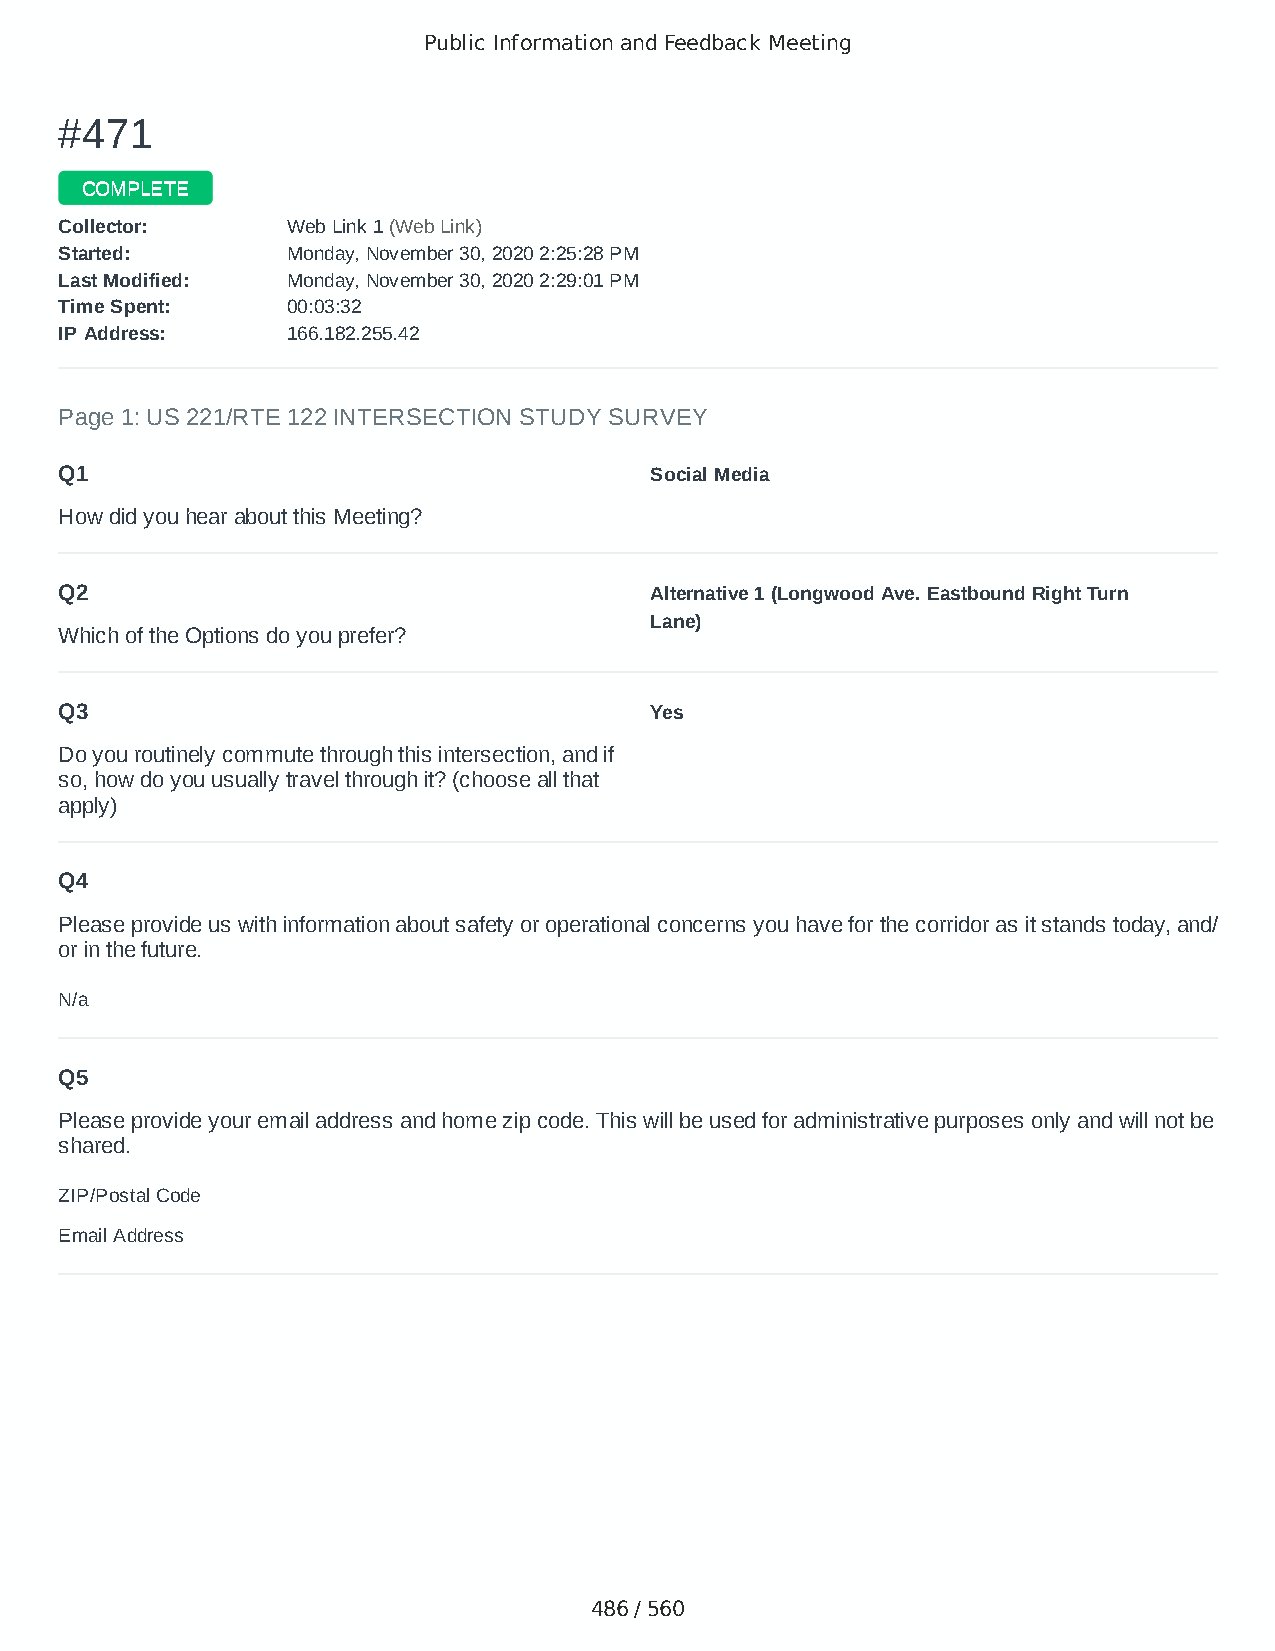
Public Information and Feedback Meeting
 ##447711
 CCOOMMPPLLEETTEE
 CCoolllleeccttoorr:: WWeebb LLiinnkk 11 ((WWeebb LLiinnkk))
 SSttaarrtteedd:: MMoonnddaayy,, NNoovveemmbbeerr 3300,, 22002200 22::2255::2288 PPMM
 LLaasstt MMooddiiffiieedd:: MMoonnddaayy,, NNoovveemmbbeerr 3300,, 22002200 22::2299::0011 PPMM
 TTiimmee SSppeenntt:: 0000::0033::3322
 IIPP AAddddrreessss:: 116666..118822..225555..4422
 Page 1: US 221/RTE 122 INTERSECTION STUDY SURVEY
 Q1                                     Social Media
 How did you hear about this Meeting?
 Q2                                     Alternative 1 (Longwood Ave. Eastbound Right Turn
 Lane)
 Which of the Options do you prefer?
 Q3                                     Yes
 Do you routinely commute through this intersection, and if
 so, how do you usually travel through it? (choose all that
 apply)
 Q4
 Please provide us with information about safety or operational concerns you have for the corridor as it stands today, and/
 or in the future.
 N/a
 Q5
 Please provide your email address and home zip code. This will be used for administrative purposes only and will not be
 shared.
 ZIP/Postal Code                        24523
 Email Address                          juzthe4ofus10@aol.com
 486 / 560